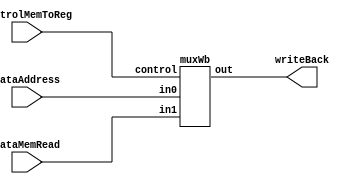
//WRITE BACK 
module writeBack( dataMemRead, dataAddress, controlMemToReg, writeBack); 
	input[63:0] dataMemRead; 
	input [63:0]dataAddress; 
	input controlMemToReg; 
	output [63:0] writeBack; 
	
	muxWb muxWriteBack(.in0(dataAddress), .in1(dataMemRead), .control(controlMemToReg), .out(writeBack)); 
endmodule 

//MUX 
module muxWb(in0,in1,control,out);

	input[63:0] in0; 
	input [63:0] in1; 
	input control; 
	output reg[63:0] out; 
	
	always@(in0,in1,control, out) begin
		if(control == 0) begin
			out = in0; 
		end 
		else begin	
			out = in1; 
		end 
	end 

endmodule